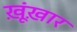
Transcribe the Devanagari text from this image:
ख़ूंख़ार